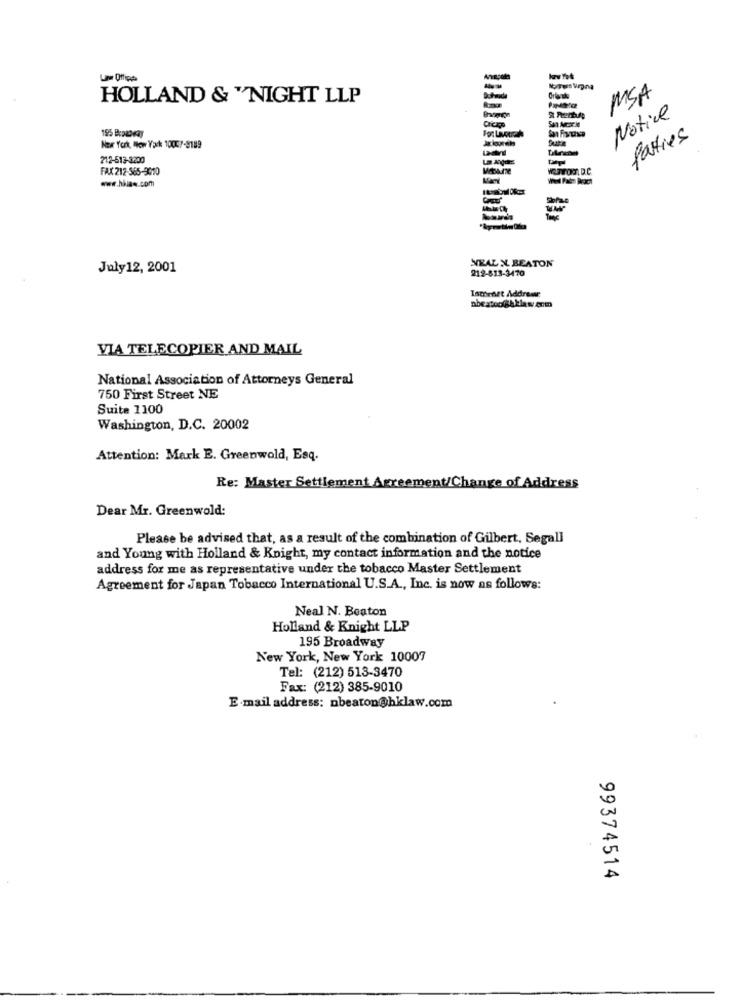
Kruis Vegna
HOLLAND & "NIGHT LLP
MSA
Motive
Parties
Nor York How Yark 10047-9189
212-513-3200
FAX 212-565-9010
WATTOM.D.C.
www.han.com
23
July 12, 2001
NEAL N BEATON
212-813-3470
Iscornet Addrear
VIA TELECOPIER AND MAIL
National Association of Attorneys General
750 First Street NE
Suite 1100
Washington, D.C. 20002
Attention: Mark E. Greenwald, Esq.
Re: Master Settlement Agreement/Change of Address
Dear Mr. Greenwold:
Please be advised that, as a result of the combination of Gilbert, Segall
and Young with Holland & Knight, my contact information and the notice
address for me as representative under the tobacco Master Settlement
Agreement for Japan Tobacco International U.S.A ., Inc. is now as follows:
Neal N. Beaton
Holland & Knight LLP
195 Broadway
New York, New York 10007
Tel: (212) 513-3470
Fax: (212) 385-9010
E-mail address: nbeaton@hklaw.com
99374514